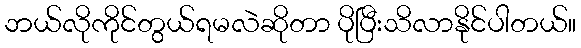
ဘယ်လိုကိုင်တွယ်ရမလဲဆိုတာ ပိုပြီးသိလာနိုင်ပါတယ်။